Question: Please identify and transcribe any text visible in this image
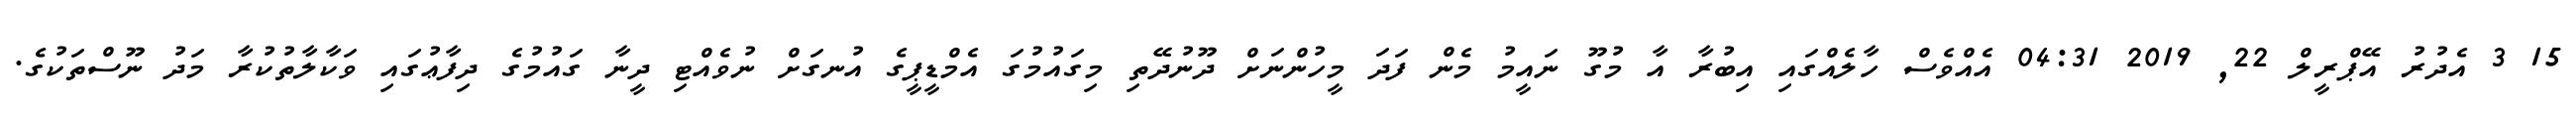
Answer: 15 3 އެދުރު އޭޕްރީލް 22, 2019 04:31 އެއްވެސް ހާލެއްގައި އިބުރާ އާ މުގޫ ނައީމު މެން ފަދަ މީހުންނަށް ދޫނުދޭތި މިގައުމުގަ އެމްޑީޕީގެ އުނގަށް ނުވެއްޓި ދީނާ ގައުމުގެ ދިފާޢުގައި ވަކާލާތުކުރާ މަދު ނޫސްތަކުގެ.